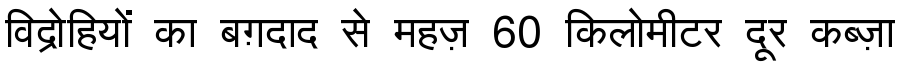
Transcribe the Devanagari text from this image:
विद्रोहियों का बग़दाद से महज़ 60 किलोमीटर दूर कब्ज़ा